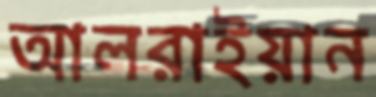
আলরাইয়ান